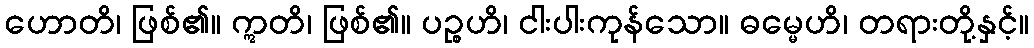
ဟောတိ၊ ဖြစ်၏။ ဣတိ၊ ဖြစ်၏။ ပဉ္စဟိ၊ ငါးပါးကုန်သော။ ဓမ္မေဟိ၊ တရားတို့နှင့်။